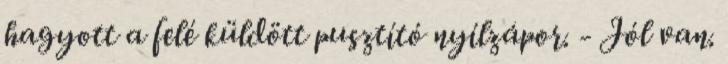
hagyott a felé küldött pusztító nyílzápor. - Jól van.